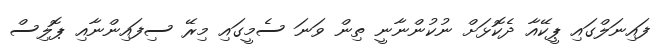
ފައިނަލްގައި ޕީކޭއާ ދެކޮޅަށް ނުކުންނާނީ ތިން ވަނަ ސެމީގައި މިރޭ ސިފައިންނާއި ޕޮލިސް